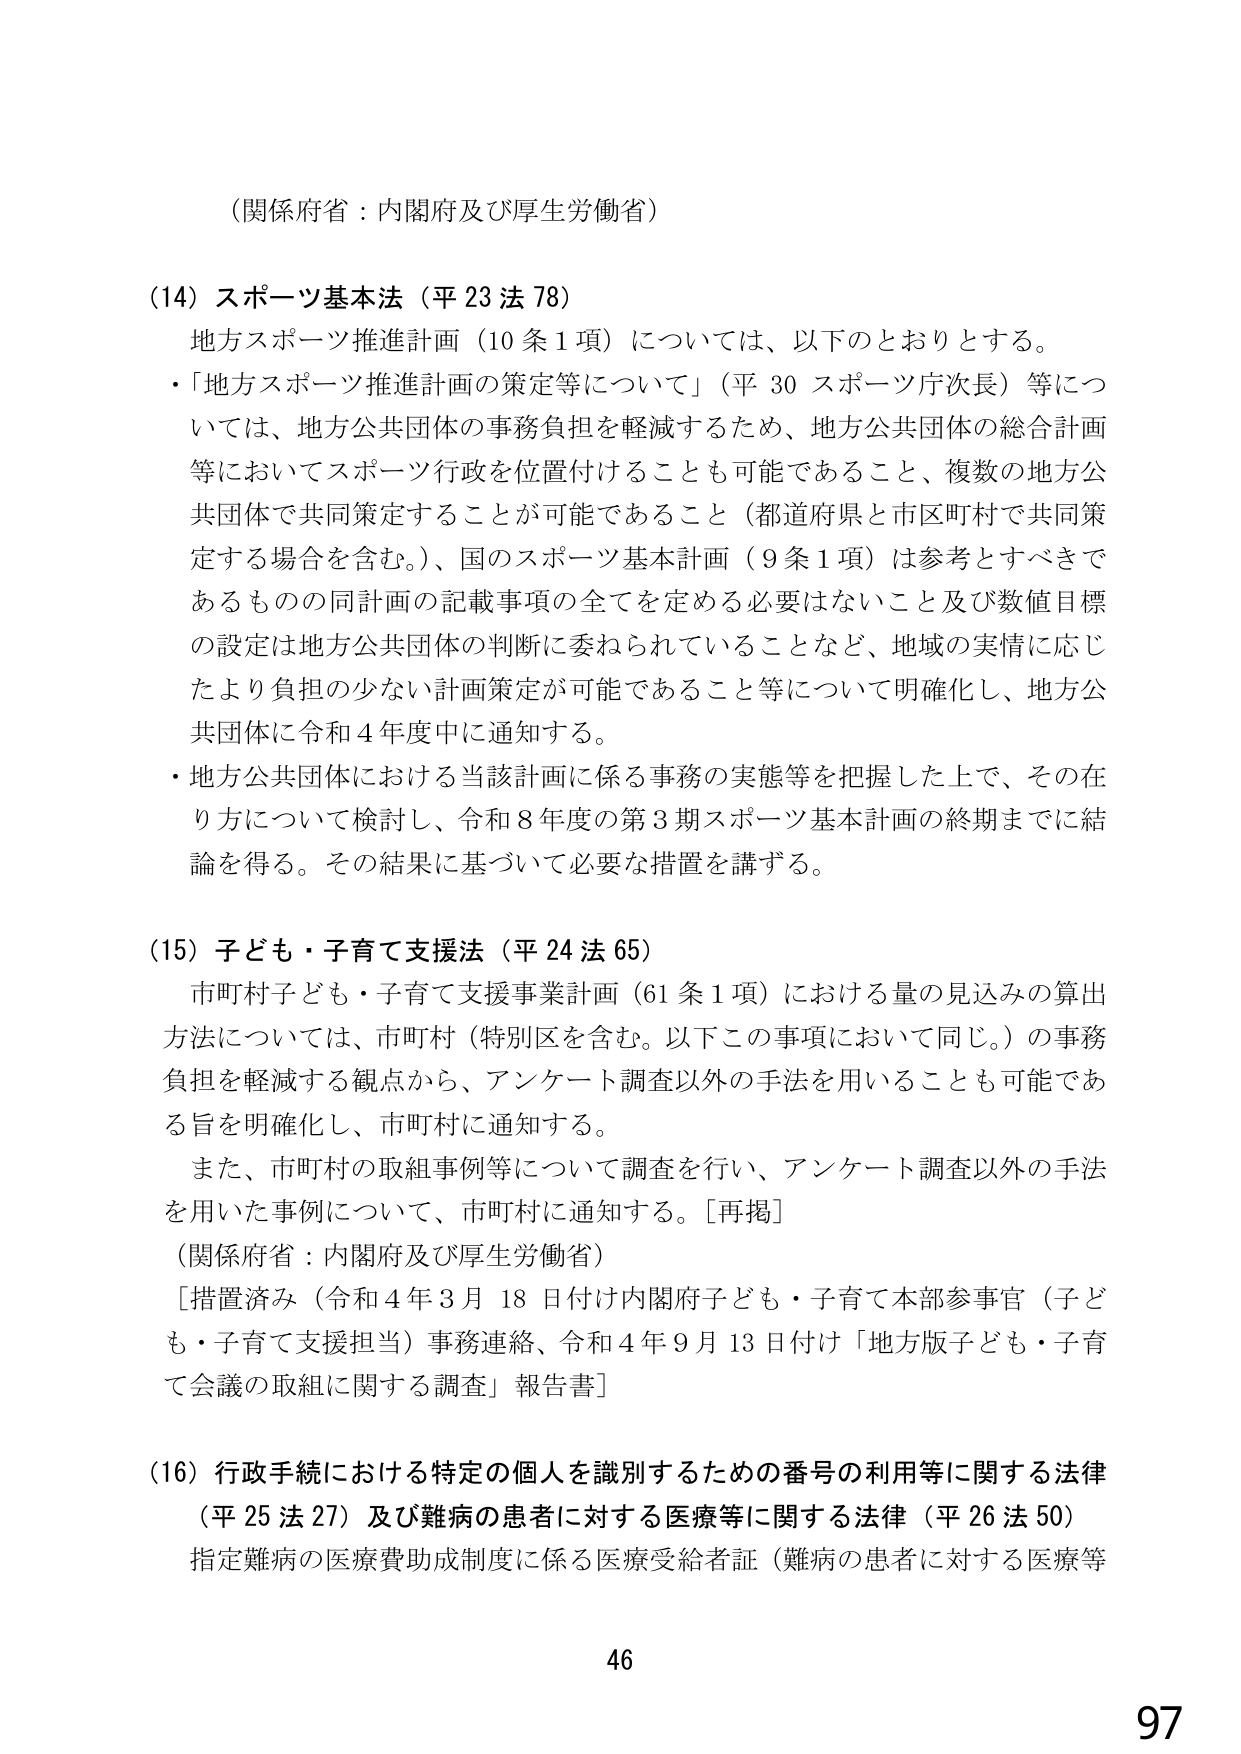
（関係府省：内閣府及び厚生労働省）

（14）スポーツ基本法（平23法78）
地方スポーツ推進計画（10条1項）については、以下のとおりとする。
・「地方スポーツ推進計画の策定等について」（平30スポーツ庁次長）等については、地方公共団体の事務負担を軽減するため、地方公共団体の総合計画等においてスポーツ行政を位置付けることも可能であること、複数の地方公共団体で共同策定することが可能であること（都道府県と市区町村で共同策定する場合を含む。）、国のスポーツ基本計画（9条1項）は参考とすべきであるものの同計画の記載事項の全てを定める必要はないこと及び数値目標の設定は地方公共団体の判断に委ねられていることなど、地域の実情に応じたより負担の少ない計画策定が可能であること等について明確化し、地方公共団体に令和4年度中に通知する。
・地方公共団体における当該計画に係る事務の実態等を把握した上で、その在り方について検討し、令和8年度の第3期スポーツ基本計画の終期までに結論を得る。その結果に基づいて必要な措置を講ずる。

（15）子ども・子育て支援法（平24法65）
市町村子ども・子育て支援事業計画（61条1項）における量の見込みの算出方法については、市町村（特別区を含む。以下この事項において同じ。）の事務負担を軽減する観点から、アンケート調査以外の手法を用いることも可能である旨を明確化し、市町村に通知する。
また、市町村の取組事例等について調査を行い、アンケート調査以外の手法を用いた事例について、市町村に通知する。［再掲］
（関係府省：内閣府及び厚生労働省）
［措置済み（令和4年3月18日付け内閣府子ども・子育て本部参事官（子ども・子育て支援担当）事務連絡、令和4年9月13日付け「地方版子ども・子育て会議の取組に関する調査」報告書］

（16）行政手続における特定の個人を識別するための番号の利用等に関する法律（平25法27）及び難病の患者に対する医療等に関する法律（平26法50）
指定難病の医療費助成制度に係る医療受給者証（難病の患者に対する医療等

46
97